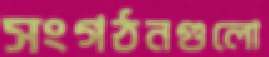
সংগঠনগুলো